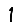
Digit: 1